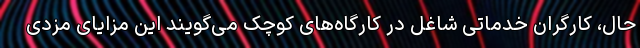
حال، کارگران خدماتی شاغل در کارگاه‌های کوچک می‌گویند این مزایای مزدی